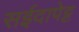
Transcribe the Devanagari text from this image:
सईदापेट्ट